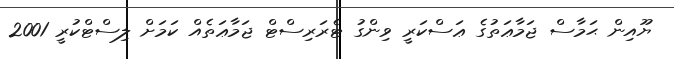
ޔޫއިން ޙަމާސް ޖަމާޢަތުގެ ޢަސްކަރީ ވިންގު ޓެރަރިސްޓް ޖަމާޢަތެއް ކަމަށް ލިސްޓްކުރީ 2001